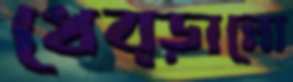
ধেব্‌ড়ানো